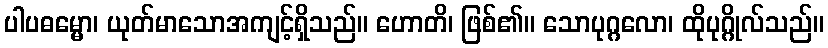
ပါပဓမ္မော၊ ယုတ်မာသောအကျင့်ရှိသည်။ ဟောတိ၊ ဖြစ်၏။ သောပုဂ္ဂလော၊ ထိုပုဂ္ဂိုလ်သည်။